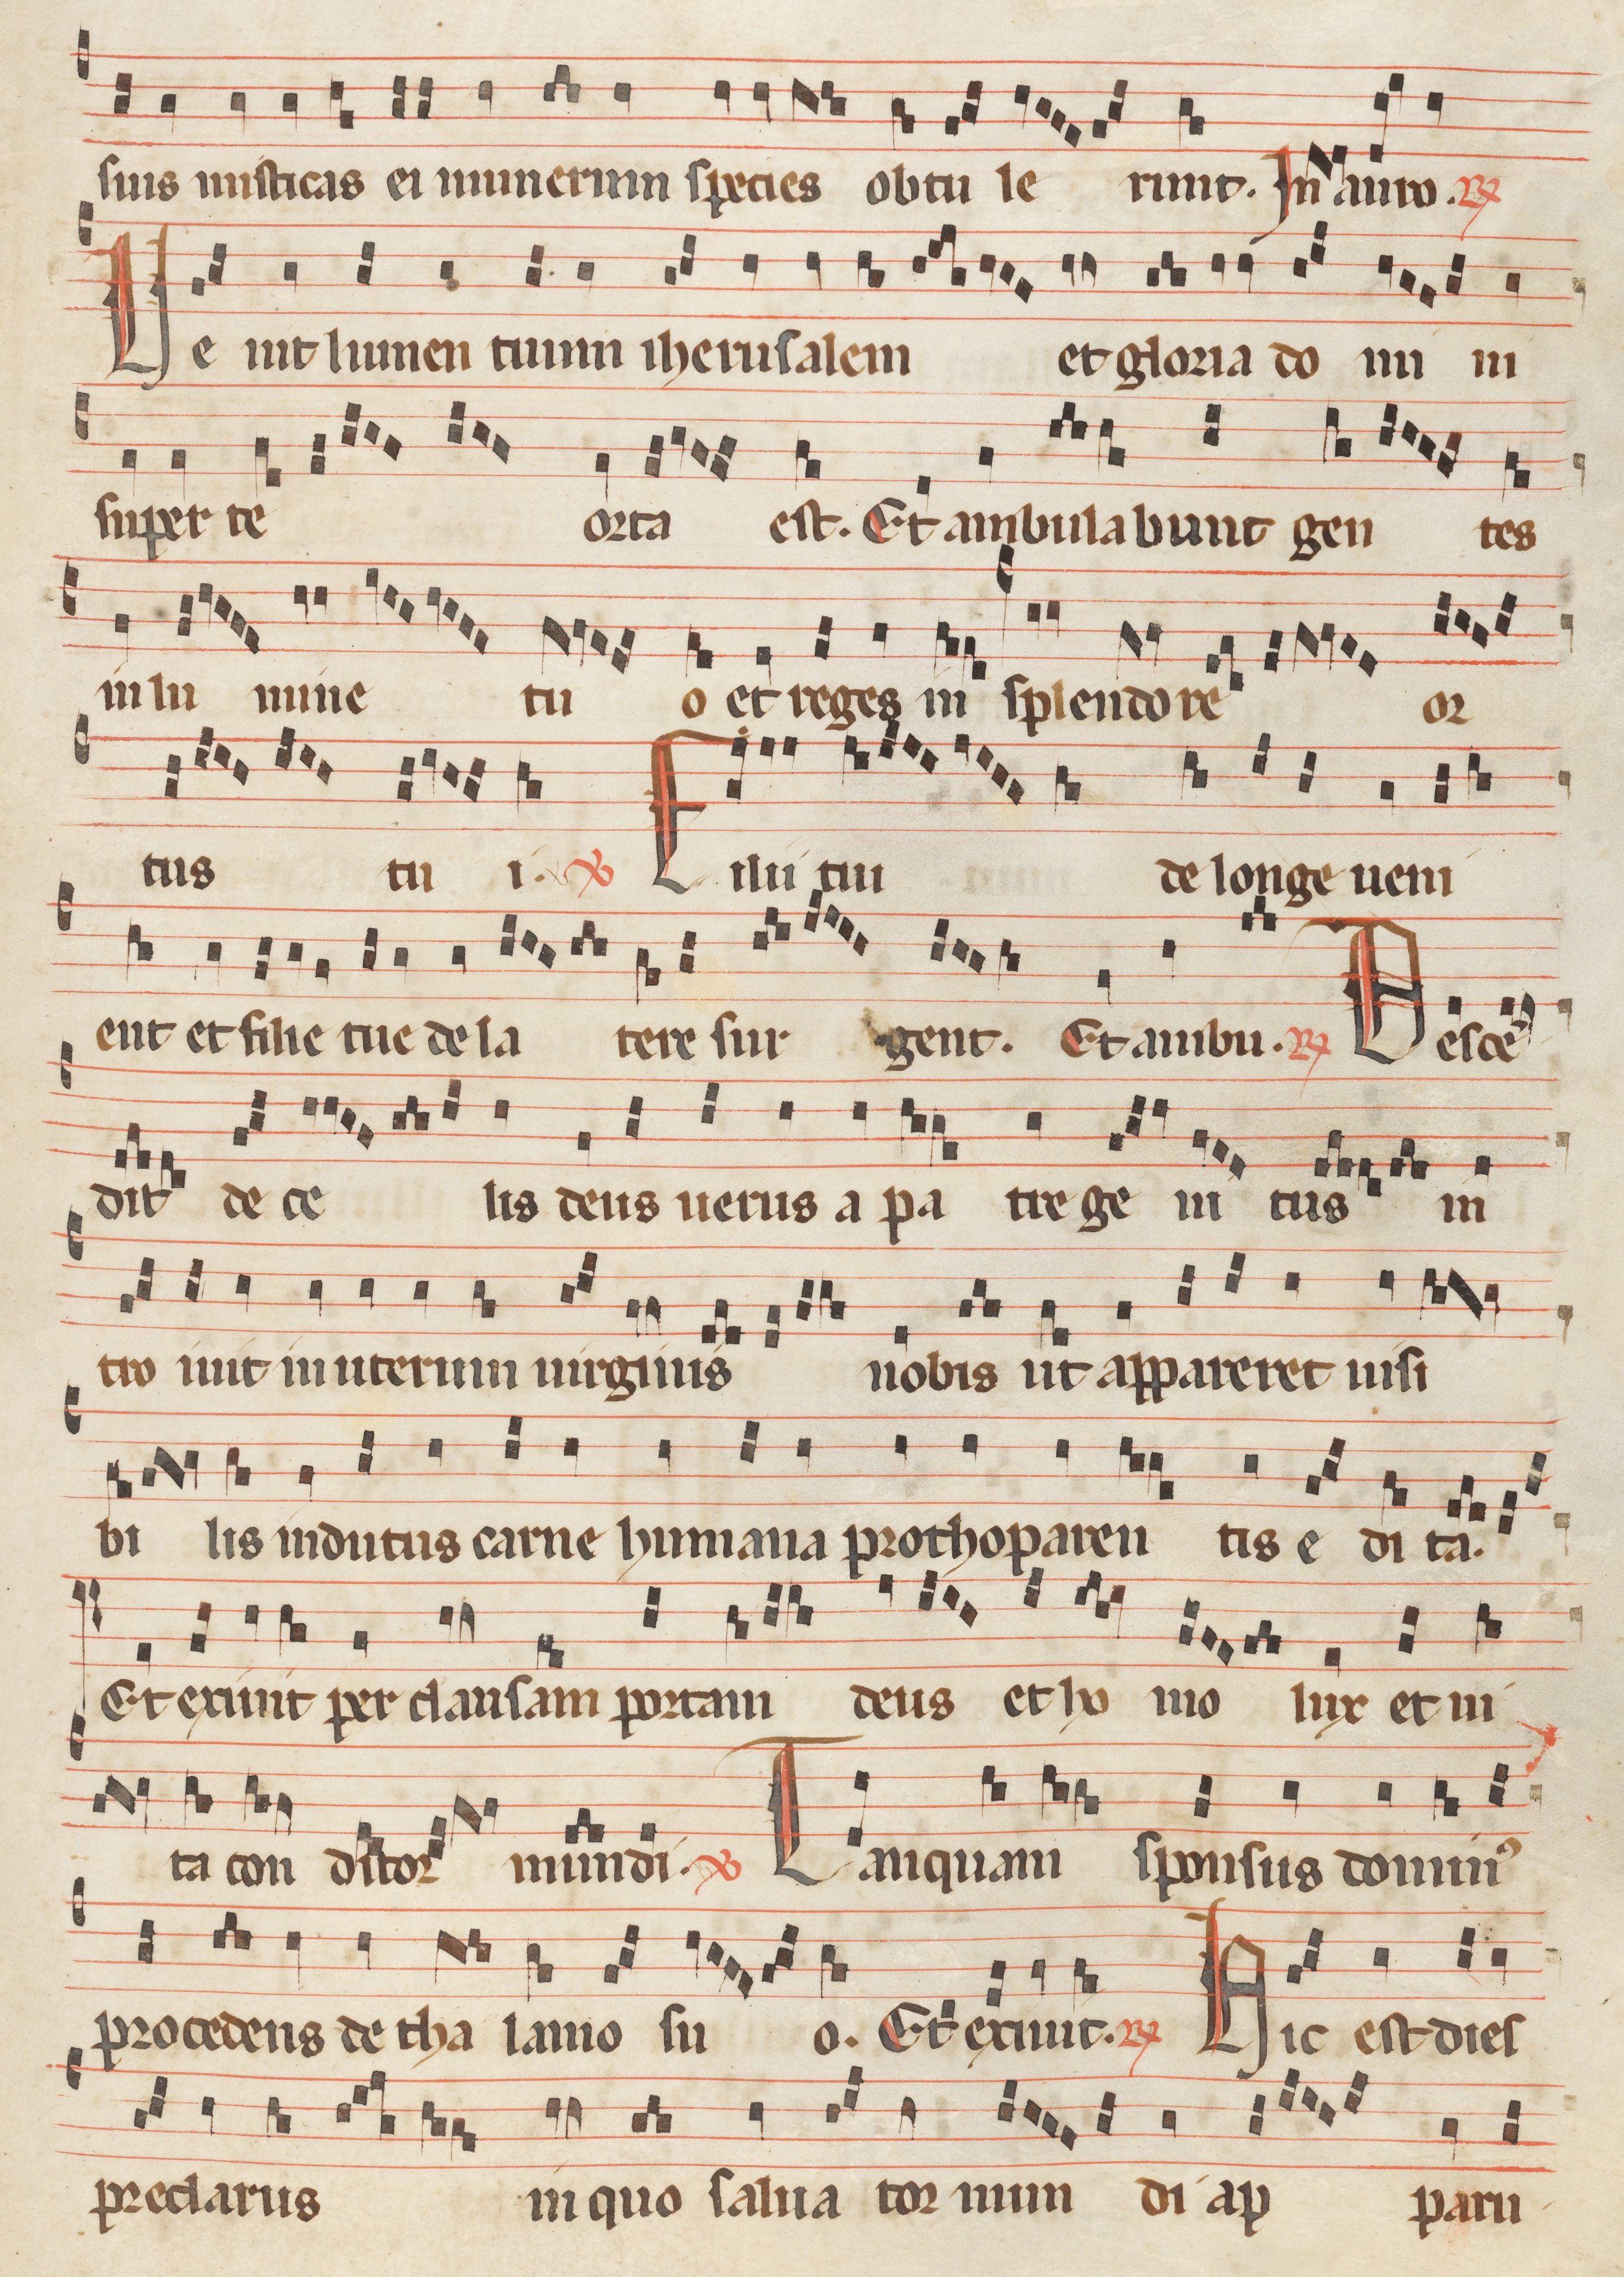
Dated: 1260–1315